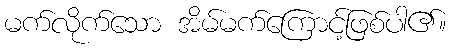
မက်လိုက်သော အိမ်မက်ကြောင့်ဖြစ်ပါ၏။